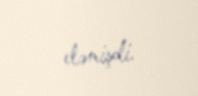
eləmişdi.